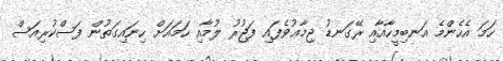
ހަމަ އެހެންމެ އަނބިމީހާއާއި ރޭގަނޑު ޖިމާޢުވެފައި ފަޖުރު ލުމާއި ހަމައަށް ހިނައިގަތުން ފަސްކުރިއަސް